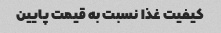
کیفیت غذا نسبت به قیمت پایین